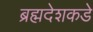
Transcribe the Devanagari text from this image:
ब्रह्मदेशकडे